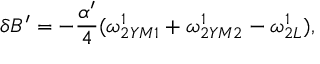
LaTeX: \delta B ^ { \prime } = - { \frac { \alpha ^ { \prime } } { 4 } } ( \omega _ { 2 Y M 1 } ^ { 1 } + \omega _ { 2 Y M 2 } ^ { 1 } - \omega _ { 2 L } ^ { 1 } ) ,